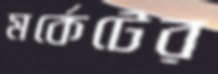
মর্কেটের